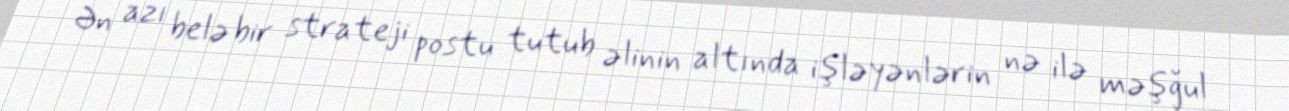
Ən azı belə bir strateji postu tutub əlinin altında işləyənlərin nə ilə məşğul